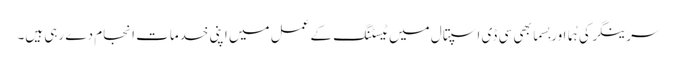
سرینگر کی ہُما اور بِسما بھی سی ڈی اسپتال میں ٹیسٹنگ کے عمل میں اپنی خدمات انجام دے رہی ہیں۔